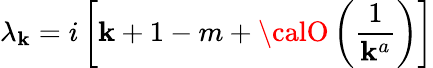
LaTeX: \lambda_{\mathbf{k}}=i\left[\mathbf{k}+1-m+{\calO}\left(\frac{{1}}{{\mathbf{k}^{a}}}\right)\right]